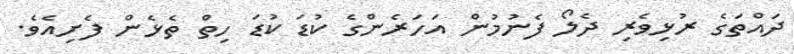
ދައްތަގެ ރުޅިވެރި ދެލޯ ފެނުމުން އަހަރެންގެ ކުޑަ ކުޑަ ހިތް ތެޅެން ފެށިއެވެ.